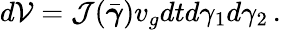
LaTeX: d{\cal V}={\cal J}(\bar{\boldsymbol{\gamma}})v_{g}dtd\gamma_{1}d\gamma_{2}\, .